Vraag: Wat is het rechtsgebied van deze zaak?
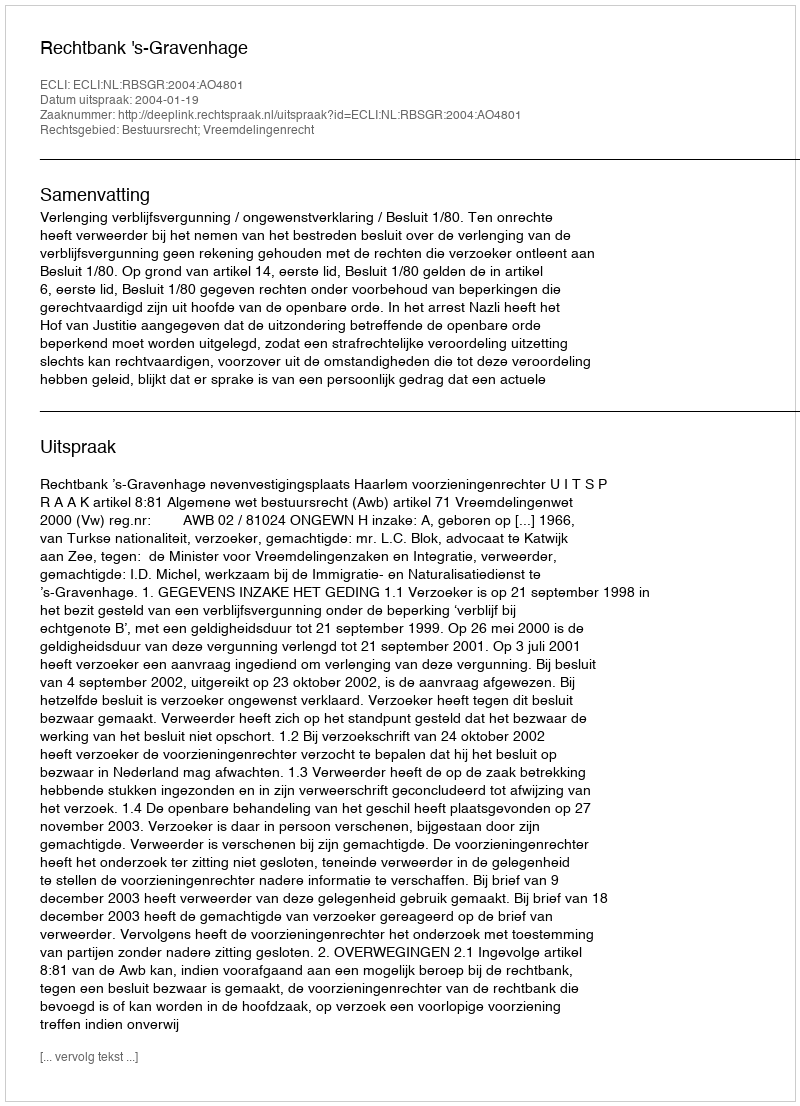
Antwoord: Bestuursrecht; Vreemdelingenrecht